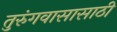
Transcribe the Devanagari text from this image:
तुरुंगवासासाठी